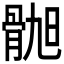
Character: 𫘲